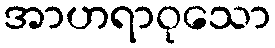
အာဟရာဝုသော